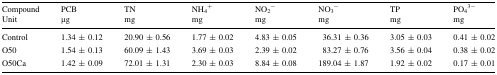
<table><thead><tr><td><b>CompoundUnit</b></td><td><b>PCBμg</b></td><td><b>TNmg</b></td><td><b>NH<sub>4</sub><sup>+</sup>mg</b></td><td><b>NO<sub>2</sub><sup>−</sup>mg</b></td><td><b>NO<sub>3</sub><sup>−</sup>mg</b></td><td><b>TPmg</b></td><td><b>PO<sub>4</sub><sup>3−</sup>mg</b></td></tr></thead><tbody><tr><td>Control</td><td>1.34 ± 0.12</td><td>20.90 ± 0.56</td><td>1.77 ± 0.02</td><td>4.83 ± 0.05</td><td>36.31 ± 0.36</td><td>3.05 ± 0.03</td><td>0.41 ± 0.02</td></tr><tr><td>O50</td><td>1.54 ± 0.13</td><td>60.09 ± 1.43</td><td>3.69 ± 0.03</td><td>2.39 ± 0.02</td><td>83.27 ± 0.76</td><td>3.56 ± 0.04</td><td>0.38 ± 0.02</td></tr><tr><td>O50Ca</td><td>1.42 ± 0.09</td><td>72.01 ± 1.31</td><td>2.30 ± 0.03</td><td>8.84 ± 0.08</td><td>189.04 ± 1.87</td><td>1.92 ± 0.02</td><td>0.17 ± 0.01</td></tr></tbody></table>